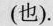
(也).